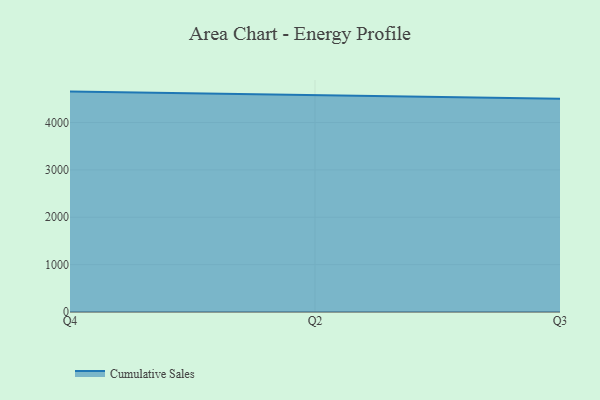
{"axis": {"x": "Quarter", "y": "Humidity (%)"}, "legend": ["Cumulative Sales"], "data": [{"x": "Q4", "y": 4653.3, "type": "Cumulative Sales"}, {"x": "Q2", "y": 4573.5, "type": "Cumulative Sales"}, {"x": "Q3", "y": 4500.4, "type": "Cumulative Sales"}]}